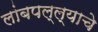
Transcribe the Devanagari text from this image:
लांबपल्ल्याचे